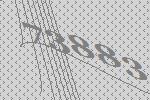
73883